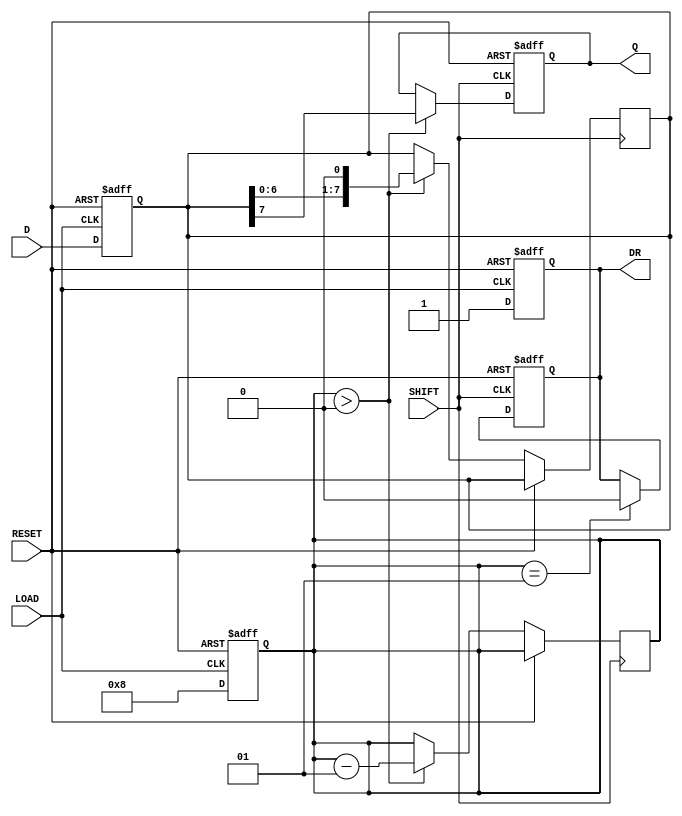
module PISO_Register #(
    parameter width = 8  // Parameter to define the width of the register
)(
    input  wire [width-1:0] D,      // Data input
    input  wire LOAD,                 // Load control signal
    input  wire SHIFT,                // Shift control signal
    input  wire RESET,                // Asynchronous reset
    output reg  Q,                    // Serial output
    output reg  DR                    // Data Ready signal
);

    reg [width-1:0] shift_reg;        // Shift register to hold the data
    integer bit_count;                 // Bit counter for shifting

    always @(posedge LOAD or posedge RESET) begin
        if (RESET) begin
            shift_reg <= 0;            // Clear the register on reset
            DR <= 1'b0;                // Data Ready is low
            bit_count <= 0;            // Reset bit counter
        end else begin
            shift_reg <= D;            // Load data into the shift register
            DR <= 1'b1;                // Data Ready is high after loading
            bit_count <= width;        // Set bit counter to width
        end
    end

    always @(posedge SHIFT or posedge RESET) begin
        if (RESET) begin
            Q <= 1'b0;                 // Reset serial output
        end else if (bit_count > 0) begin
            Q <= shift_reg[width-1];   // Output the MSB
            shift_reg <= {shift_reg[width-2:0], 1'b0}; // Shift left
            bit_count <= bit_count - 1; // Decrement the bit counter
        end
    end

    // Ensure DR is low if there are no bits left to shift out
    always @(posedge SHIFT or posedge RESET) begin
        if (RESET) begin
            DR <= 1'b0;                // Data Ready is low on reset
        end else begin
            if (bit_count == 1) begin
                DR <= 1'b0;            // No data ready after last bit is shifted out
            end
        end
    end

endmodule